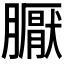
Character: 𭩏